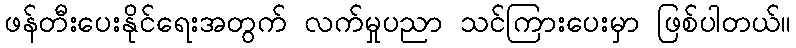
ဖန်တီးပေးနိုင်ရေးအတွက် လက်မှုပညာ သင်ကြားပေးမှာ ဖြစ်ပါတယ်။